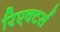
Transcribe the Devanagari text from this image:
रिएक्टर्स